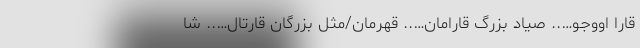
قارا اووجو….. صیاد بزرگ قارامان….. قهرمان/مثل بزرگان قارتال….. شا